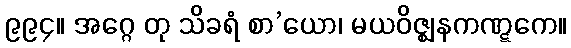
၉၉၄။ အဂ္ဂေ တု သိခရံ စာ’ယော၊ မယဝိဇ္ဈနကဏ္ဋကေ။